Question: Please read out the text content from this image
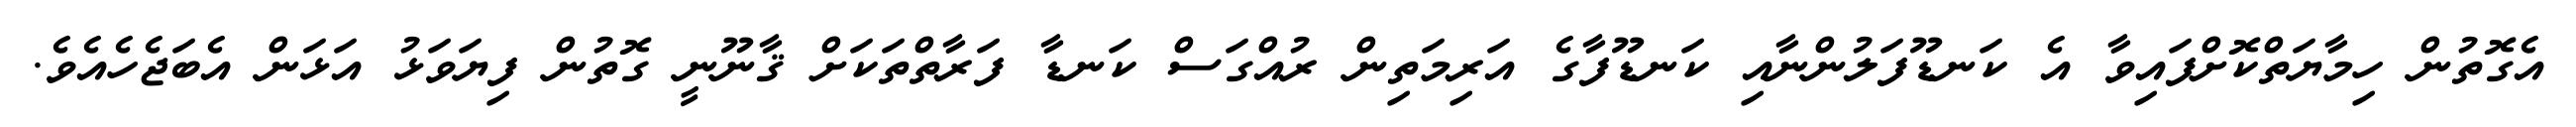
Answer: އެގޮތުން ހިމާޔަތްކޮށްފައިވާ އެ ކަނޑޫފަލުންނާއި ކަނޑޫފާގެ އަރިމަތިން ރުއްގަސް ކަނޑާ ފަރާތްތަކަށް ޤާނޫނީ ގޮތުން ފިޔަވަޅު އަޅަން އެބަޖެހެއެވެ.